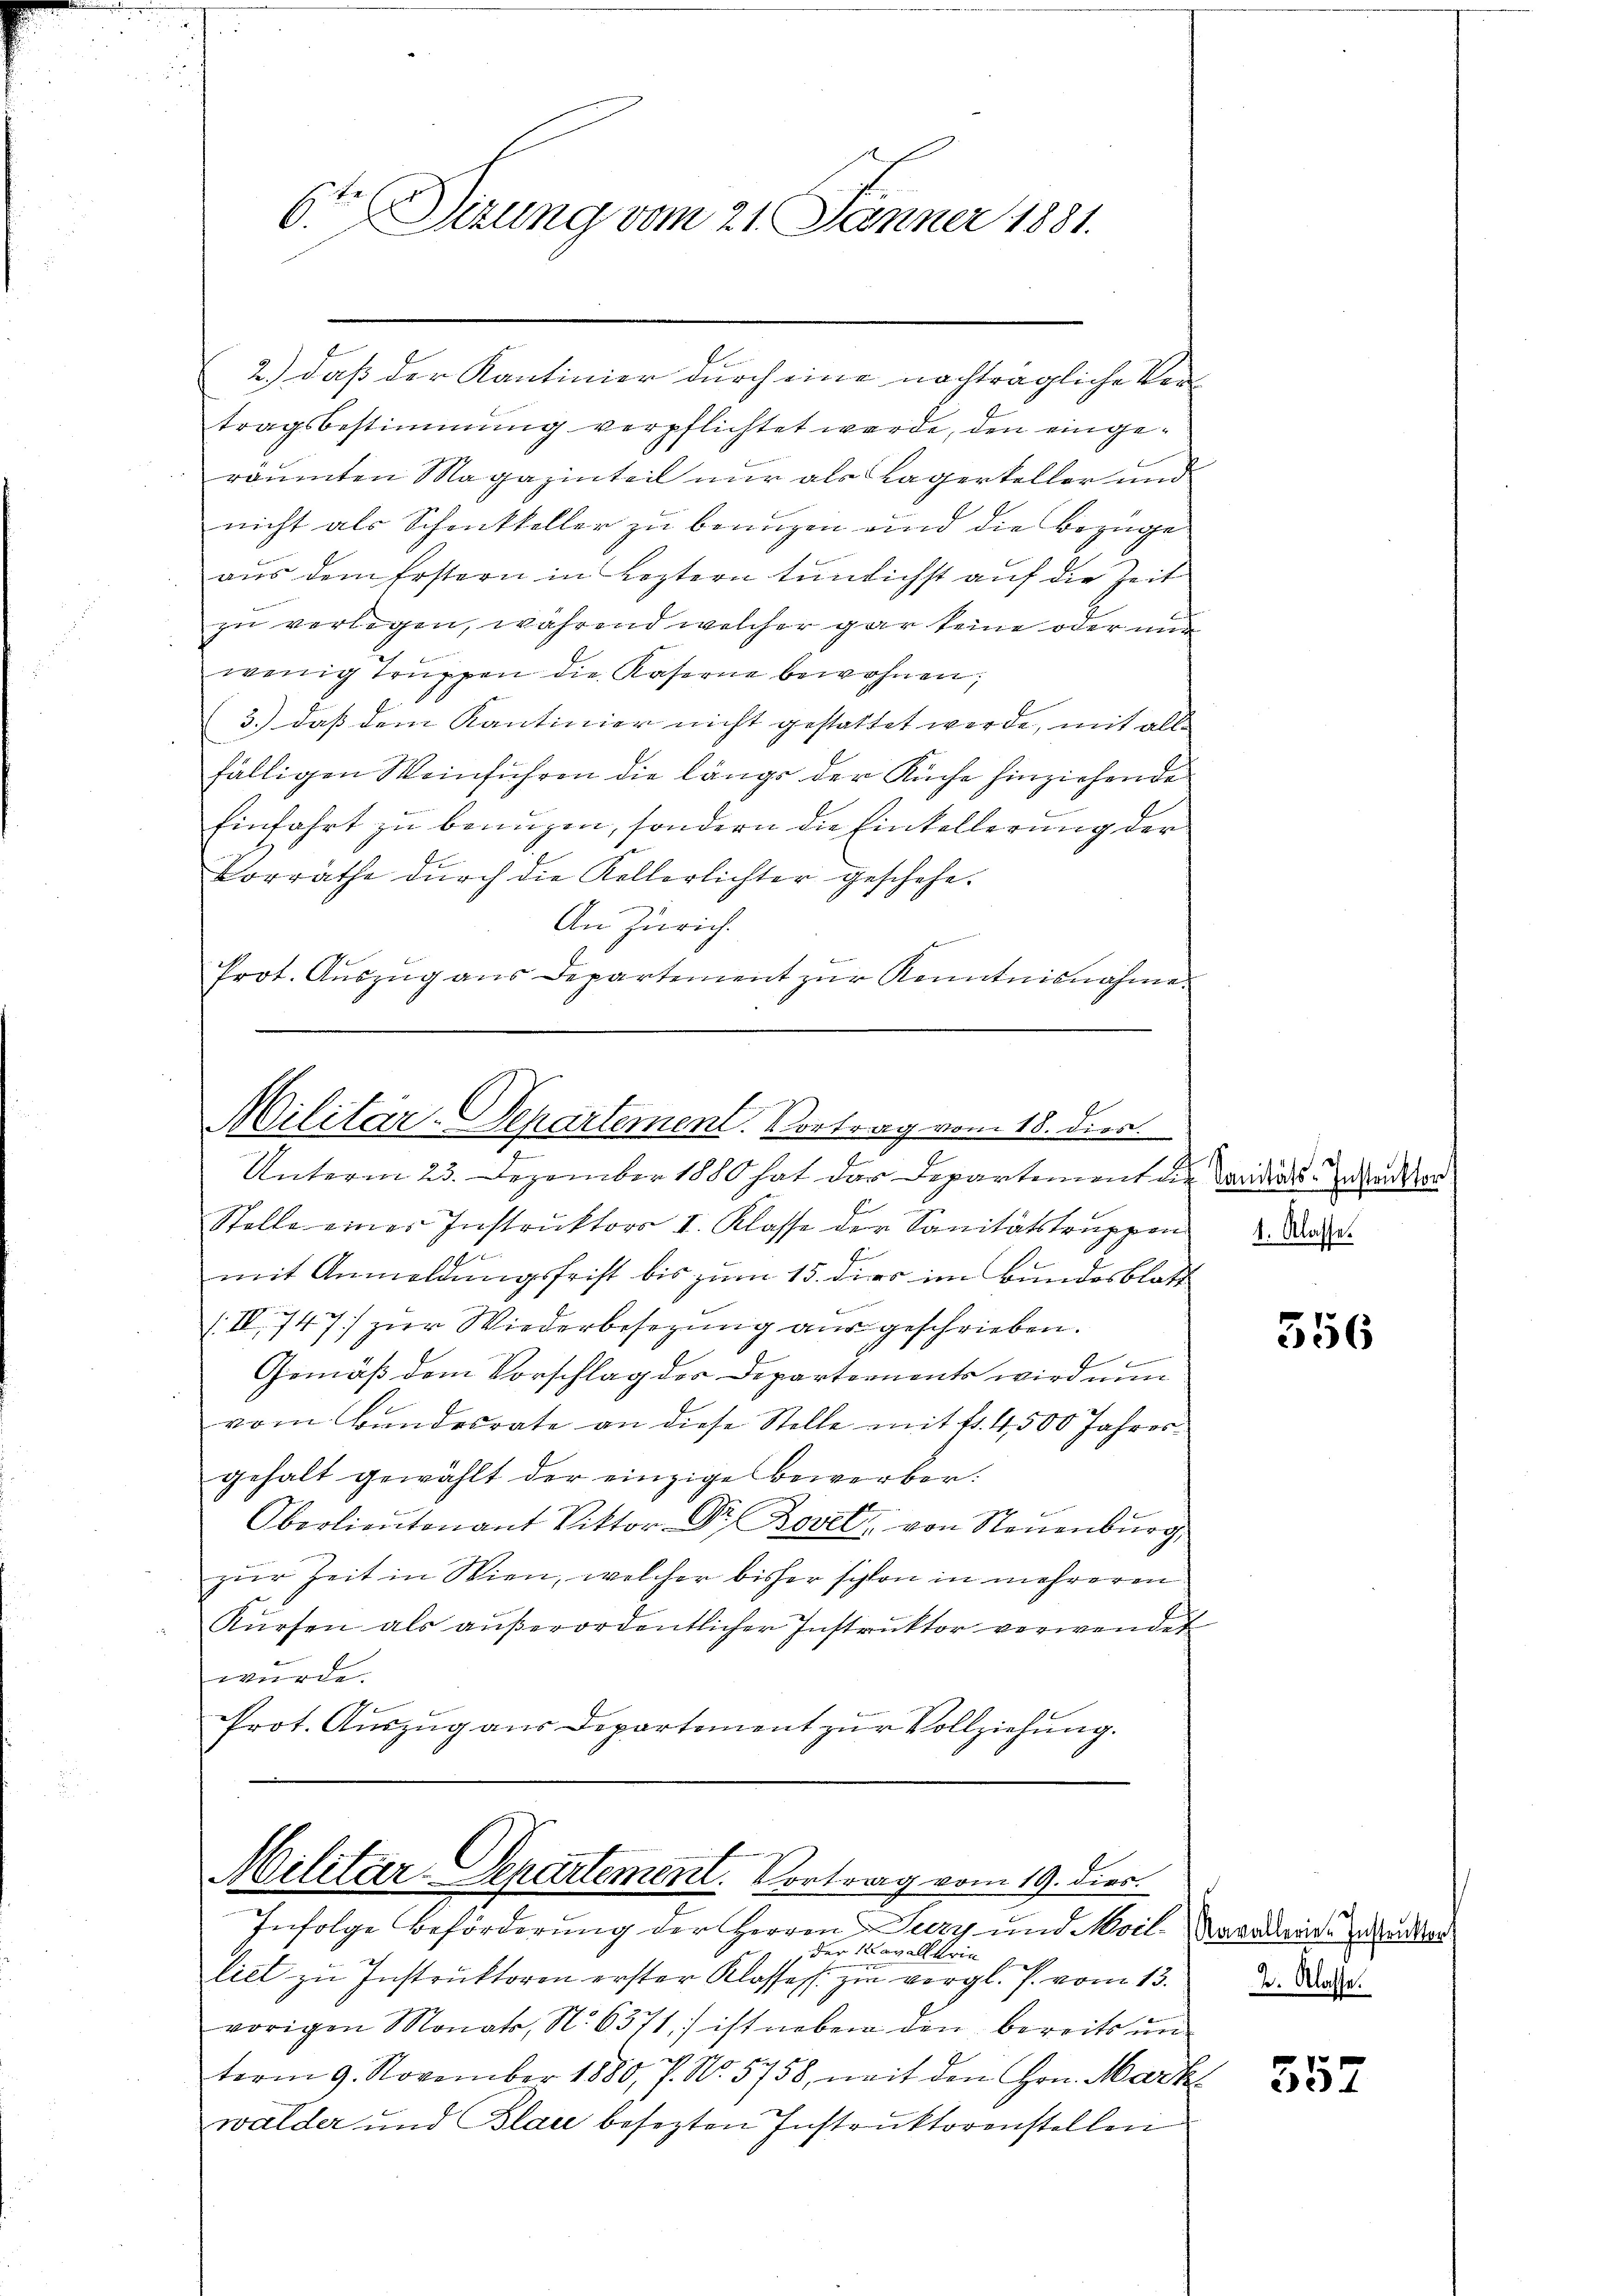
2.) Daß der Kantinier durch eine nachträgliche Vertragsbestimmung verpflichtet werde, den eingeräumten Magazinteil nur als Lagerkeller und
nicht als Schmitteller zu beaugen und die Bezuge
aus dem Erstern in Leztern tunlichst auf die Zeit
zu verlegen, während welcher gar keine oder nur
wenig Truppen die Kaserne bewohnen;
3.) daß dem Kantinier nicht gestattet werde, mit alle
fälligen Weinfuhren die längs der Küche hinziehende
Einfahrt zu benuzen, sondern die Einkellerung der
Vorräthe durch die Kellerlichter geschehe.
An Zürich.
Prot. Auszug aus Departement zur Kenntnisnahme

6ten Sizung vom 21. Jänner 1881.

Militar-Departement. Vortrag vom 18. dies.
Unterm 23. Dezember 1880 hat das Departement die Weidens- und und der

Stelle einer Instruktors I. Klasse der Sanitätstruppen da
9
mit Anmeldungsfrist bis zum 15. dies im Bundesblatt
IV 747] zur Wiederbesezung aus geschrieben.
Gemäß dem Vorschlag des Departements wird nun
vom Bundesrate an diese Stelle mit fr. 4,500 Jahresgehalt gewählt der einzige bewerber.
Oberlieŭtenant Viktor Dr. Bovet von Neuenburg.
zur Zeit in Wien, welcher bisher schon in mehreren
Kürfen als aŭβerordentlicher Instrŭktor verwendet
würde.
Prot. Auszug aus Departement zur Vollziehung.

Militar-Departement. Vortrag vom 19. dies.
Infolge Beförderung der Herren Jury und Moil. Paradiers ander

der Kavallerie
liet zu Instruktoren erster Klasse zu vergl. P. vom 13.
vorigen Monats, No 6371/ ist neber den bereits un
term 9. November 1880, 7. No. 5758, mit den Hrn. Mark
walder und Blau besezten Instruktorenstellen

356

2. Klasse.

557